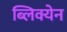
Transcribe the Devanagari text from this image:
ब्लिक्येन